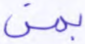
بمن